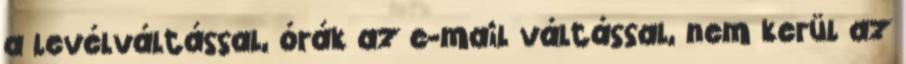
a levélváltással, órák az e-mail váltással, nem kerül az